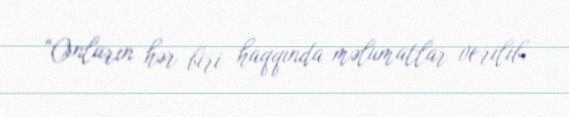
“Onların hər biri haqqında məlumatlar verilib.